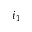
i _ { 1 }